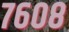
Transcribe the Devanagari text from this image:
७६०८